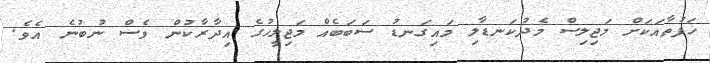
ހަފުތާއަކަށް މަޖިލިސް މެދުކަނޑާލި މައިގަނޑު ސަބަބެއް މަޖިލީހުގެ އިދާރާކުން ވެސް ނުބުނެ އެވެ.